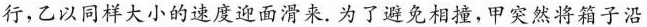
行，乙以同样大小的速度迎面滑来。为了避免相撞，甲突然将箱子沿